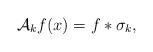
LaTeX: \begin{align*}\mathcal{A}_kf(x)=f\ast\sigma_k,\end{align*}